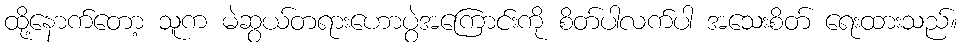
ထို့နောက်တော့ သူက မဲဆွယ်တရားဟောပွဲအကြောင်းကို စိတ်ပါလက်ပါ အသေးစိတ် ရေးထားသည်။